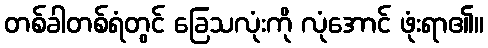
တစ်ခါတစ်ရံတွင် ခြေသလုံးကို လုံအောင် ဖုံးရာ၏။